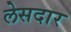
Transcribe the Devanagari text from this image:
लेसदार